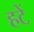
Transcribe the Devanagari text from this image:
हटें